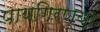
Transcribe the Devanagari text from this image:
पायगिरण्या